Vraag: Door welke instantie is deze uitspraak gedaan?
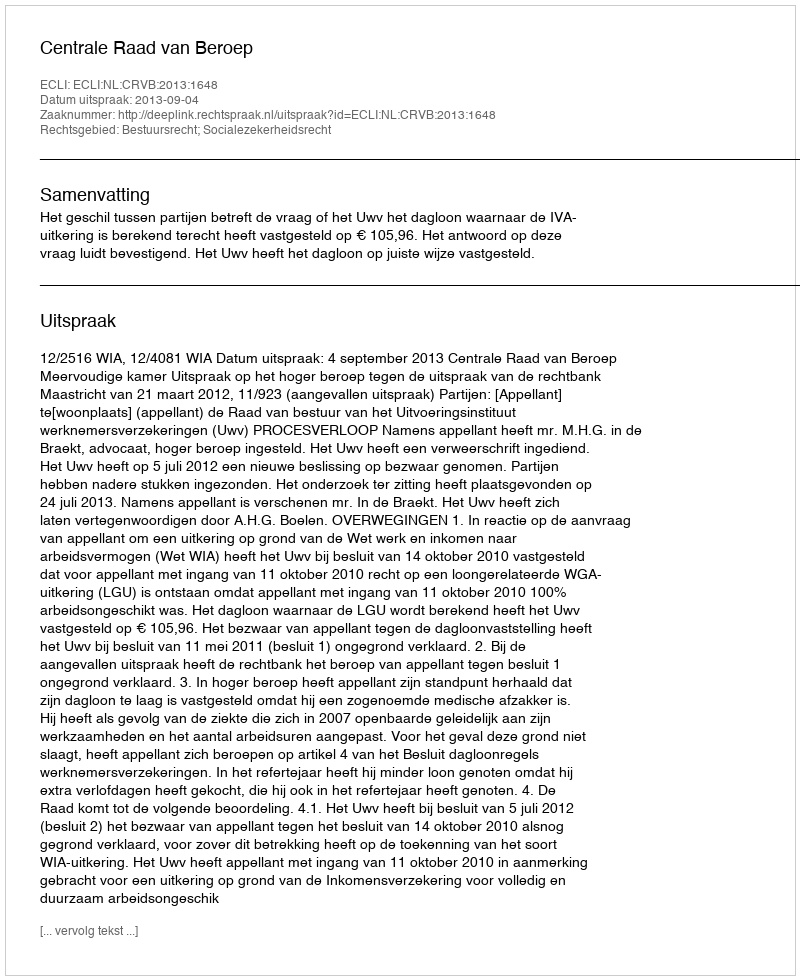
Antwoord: Centrale Raad van Beroep